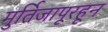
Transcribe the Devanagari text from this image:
मुर्तिजापूरहून